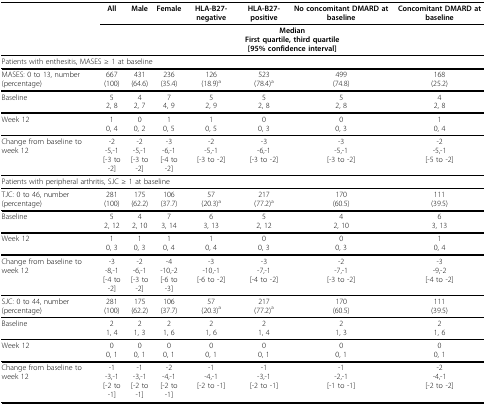
<table><thead><tr><td></td><td><b>All</b></td><td><b>Male</b></td><td><b>Female</b></td><td><b>HLA-B27-negative</b></td><td><b>HLA-B27-positive</b></td><td><b>No concomitant DMARD at baseline</b></td><td><b>Concomitant DMARD at baseline</b></td></tr><tr><td></td><td colspan="7"><b>MedianFirst quartile, third quartile[95% confidence interval]</b></td></tr></thead><tbody><tr><td colspan="8">Patients with enthesitis, MASES ≥ 1 at baseline</td></tr><tr><td>MASES: 0 to 13, number (percentage)</td><td>667(100)</td><td>431(64.6)</td><td>236(35.4)</td><td>126(18.9)<sup>a</sup></td><td>523(78.4)<sup>a</sup></td><td>499(74.8)</td><td>168(25.2)</td></tr><tr><td>Baseline</td><td>52, 8</td><td>42, 7</td><td>74, 9</td><td>52, 9</td><td>52, 8</td><td>52, 8</td><td>42, 8</td></tr><tr><td>Week 12</td><td>10, 4</td><td>00, 2</td><td>10, 5</td><td>10, 5</td><td>00, 3</td><td>00, 3</td><td>10, 4</td></tr><tr><td>Change from baseline to week 12</td><td>-2-5,-1[-3 to -2]</td><td>-2-5,-1[-3 to -2]</td><td>-3-6,-1[-4 to -2]</td><td>-2-5,-1[-3 to -2]</td><td>-3-6,-1[-3 to -2]</td><td>-3-5,-1[-3 to -2]</td><td>-2-5,-1[-5 to -2]</td></tr><tr><td colspan="8">Patients with peripheral arthritis, SJC ≥ 1 at baseline</td></tr><tr><td>TJC: 0 to 46, number (percentage)</td><td>281(100)</td><td>175(62.2)</td><td>106(37.7)</td><td>57(20.3)<sup>a</sup></td><td>217(77.2)<sup>a</sup></td><td>170(60.5)</td><td>111(39.5)</td></tr><tr><td>Baseline</td><td>52, 12</td><td>42, 10</td><td>73, 14</td><td>63, 13</td><td>52, 12</td><td>42, 10</td><td>63, 13</td></tr><tr><td>Week 12</td><td>10, 3</td><td>10, 3</td><td>10, 4</td><td>10, 4</td><td>00, 3</td><td>00, 3</td><td>10, 4</td></tr><tr><td>Change from baseline to week 12</td><td>-3-8,-1[-4 to -2]</td><td>-2-6,-1[-3 to -2]</td><td>-4-10,-2[-6 to -3]</td><td>-3-10,-1[-6 to -2]</td><td>-3-7,-1[-4 to -2]</td><td>-2-7,-1[-3 to -2]</td><td>-3-9,-2[-4 to -2]</td></tr><tr><td>SJC: 0 to 44, number (percentage)</td><td>281(100)</td><td>175(62.2)</td><td>106(37.7)</td><td>57(20.3)<sup>a</sup></td><td>217(77.2)<sup>a</sup></td><td>170(60.5)</td><td>111(39.5)</td></tr><tr><td>Baseline</td><td>21, 4</td><td>21, 3</td><td>21, 6</td><td>21, 6</td><td>21, 4</td><td>21, 3</td><td>21, 6</td></tr><tr><td>Week 12</td><td>00, 1</td><td>00, 1</td><td>00, 1</td><td>00, 1</td><td>00, 1</td><td>00, 1</td><td>00, 1</td></tr><tr><td>Change from baseline to week 12</td><td>-1-3,-1[-2 to -1]</td><td>-1-3,-1[-2 to -1]</td><td>-2-4,-1[-2 to -1]</td><td>-1-4,-1[-2 to -1]</td><td>-1-3,-1[-2 to -1]</td><td>-1-2,-1[-1 to -1]</td><td>-2-4,-1[-2 to -2]</td></tr></tbody></table>